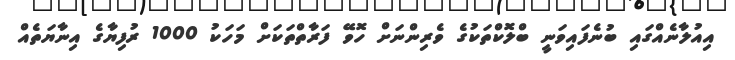
އިއުލާނެއްގައި ބުނެފައިވަނީ ބްލޮކްތަކުގެ ވެރިންނަށް ހޮވޭ ފަރާތްތަކަށް މަހަކު 1000 ރުފިޔާގެ އިނާޔަތެއް